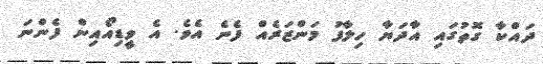
ދައްކާ ގޮތުގައި އާދަޔާ ހިލާފު މަންޒަރެއް ފެނެ އެވެ. އެ ވީޑިއޯއިން ފެންނަ